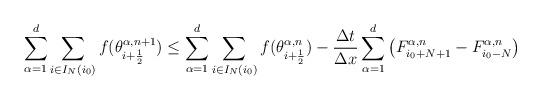
LaTeX: \begin{align*} \sum_{\alpha=1}^{d}{\sum_{i\in I_N(i_0)}{f(\theta_{i+\frac{1}{2}}^{\alpha,n+1})}} \leq \sum_{\alpha=1}^{d}{\sum_{i\in I_N(i_0)}{f(\theta_{i+\frac{1}{2}}^{\alpha,n})}} -\frac{\Delta t}{\Delta x}\sum_{\alpha=1}^{d}\left(F^{\alpha,n}_{i_0+N+1}-F^{\alpha,n}_{i_0-N}\right) \end{align*}